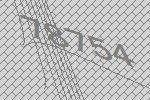
78754